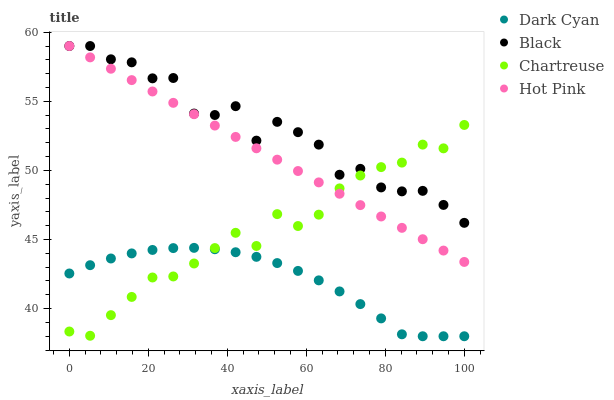
| xaxis_label | Dark Cyan | Black | Chartreuse | Hot Pink |
 | --- | --- | --- | --- | --- |
 | 0 | 42.5 | 59 | 38.3 | 59 |
 | 5.26 | 43.1 | 59 | 38 | 58.2 |
 | 10.5 | 43.6 | 58 | 39.5 | 57.4 |
 | 15.8 | 44 | 57.8 | 40.8 | 56.5 |
 | 21.1 | 44.2 | 56.7 | 42.3 | 55.7 |
 | 26.3 | 44.4 | 56.7 | 42.3 | 54.9 |
 | 31.6 | 44.4 | 54.1 | 43.3 | 54.1 |
 | 36.8 | 44.3 | 54 | 44.4 | 53.2 |
 | 42.1 | 44.1 | 54.6 | 45.5 | 52.4 |
 | 47.4 | 43.7 | 52.2 | 44.5 | 51.6 |
 | 52.6 | 43.3 | 53.5 | 46.8 | 50.8 |
 | 57.9 | 42.7 | 52.8 | 46 | 50 |
 | 63.2 | 42 | 51.9 | 46.8 | 49.1 |
 | 68.4 | 41.2 | 49.7 | 48.7 | 48.3 |
 | 73.7 | 40.3 | 50.1 | 49.6 | 47.5 |
 | 78.9 | 39.3 | 48.8 | 50.2 | 46.7 |
 | 84.2 | 38.1 | 48.5 | 50.6 | 45.8 |
 | 89.5 | 38 | 48.5 | 51.9 | 45 |
 | 94.7 | 38 | 47.5 | 51.6 | 44.2 |
 | 100 | 38 | 46.2 | 53.3 | 43.4 |